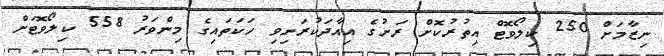
ނިޒާމަށް 250 ކިލޯވޮޓް އިތުރުކޮށް ރަށުގެ އިއާދަކުރަނިވި ހަކަތައިގެ މިންވަރު 558 ކިލޯވޮޓަށް